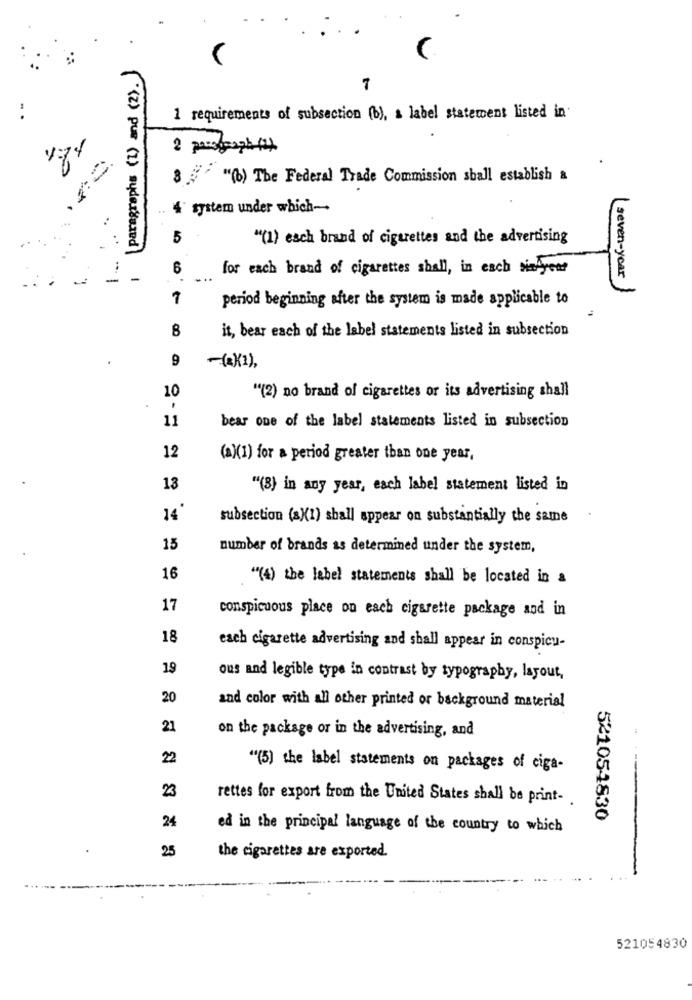
|paragraphs (1) and (2).)
7
1 requirements of subsection (b), a label statement listed in'
4.74
8 "(b) The Federal Trade Commission shall establish &
4 system under which-
5
"(1) esch brand of cigarettes and the advertising
for each brand of cigarettes shall, in each simbyens
...
-
6
seven-year
1
period beginning after the system is made applicable to
8
it, bear each of the label statements listed in subsection
.
9
-(2K1),
10
"(2) no brand of cigarettes or its advertising shall
.
11
bear one of the label statements listed in subsection
12
(a)(1) for a period greater than one year,
13
"(8) in any year, each label statement listed in
14
subsection (s)(1) shall appear on substantially the same
15
number of brands as determined under the system,
16
"(4) the label statements shall be located in a
17
conspicuous place on each cigarette package and in
18
each cigarette advertising and shall appear in conspicu-
19
ous and legible type in contrast by typography, layout,
20
and color with all other printed or background material
21
on the package or in the advertising, and
22
"(5) the label statements on packages of ciga-
23
rettes for export from the United States shall be print-
24
521054830
ed in the principal language of the country to which
25
the cigarettes are exported.
521054830